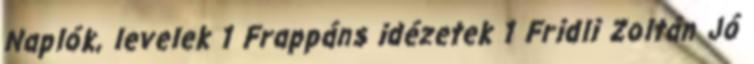
Naplók, levelek 1 Frappáns idézetek 1 Fridli Zoltán Jó